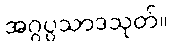
အဂ္ဂပ္ပသာဒသုတ်။